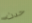
حدث